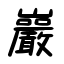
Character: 巖